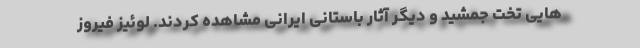
هایی تخت جمشید و دیگر آثار باستانی ایرانی مشاهده کردند. لوئیز فیروز